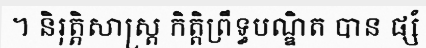
។ និរុត្តិសាស្ត្រ កិត្តិព្រឹទ្ធបណ្ឌិត បាន ផ្សំ